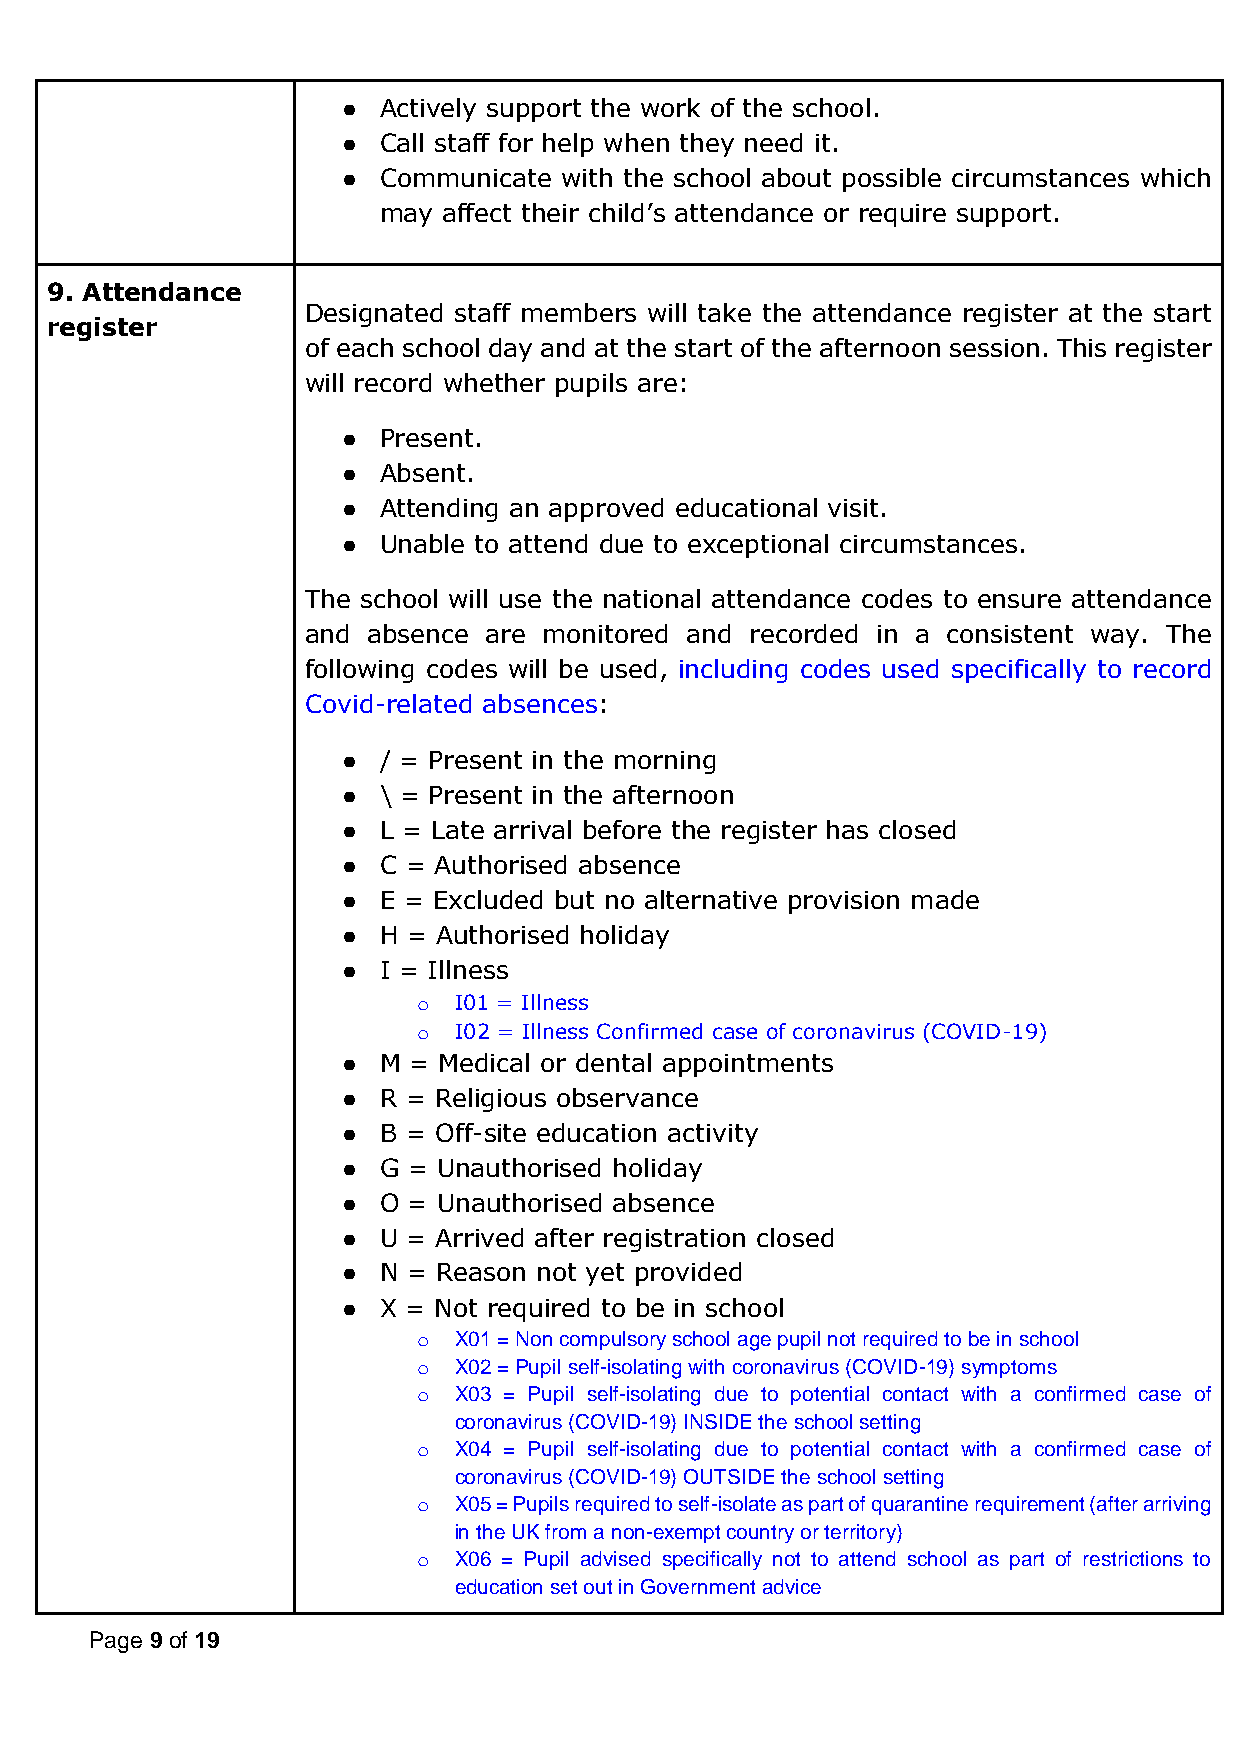
● Actively support the work of the school.
 ● Call staff for help when they need it.
 ● Communicate with the school about possible circumstances which
 may affect their child’s attendance or require support.
 9. Attendance
 Designated staff members will take the attendance register at the start
 register
 of each school day and at the start of the afternoon session. This register
 will record whether pupils are:
 ● Present.
 ● Absent.
 ● Attending an approved educational visit.
 ● Unable to attend due to exceptional circumstances.
 The school will use the national attendance codes to ensure attendance
 and absence are monitored and recorded in a consistent way. The
 following codes will be used, including codes used specifically to record
 Covid-related absences:
 ● / = Present in the morning
 ● \ = Present in the afternoon
 ● L = Late arrival before the register has closed
 ● C = Authorised absence
 ● E = Excluded but no alternative provision made
 ● H = Authorised holiday
 ● I = Illness
 o I01 = Illness
 o I02 = Illness Confirmed case of coronavirus (COVID-19)
 ● M = Medical or dental appointments
 ● R = Religious observance
 ● B = Off-site education activity
 ● G = Unauthorised holiday
 ● O = Unauthorised absence
 ● U = Arrived after registration closed
 ● N = Reason not yet provided
 ● X = Not required to be in school
 o X01 = Non compulsory school age pupil not required to be in school
 o X02 = Pupil self-isolating with coronavirus (COVID-19) symptoms
 o X03 = Pupil self-isolating due to potential contact with a confirmed case of
 coronavirus (COVID-19) INSIDE the school setting
 o X04 = Pupil self-isolating due to potential contact with a confirmed case of
 coronavirus (COVID-19) OUTSIDE the school setting
 o X05 = Pupils required to self-isolate as part of quarantine requirement (after arriving
 in the UK from a non-exempt country or territory)
 o X06 = Pupil advised specifically not to attend school as part of restrictions to
 education set out in Government advice
 Page 9 of 19